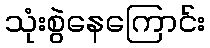
သုံးစွဲနေကြောင်း